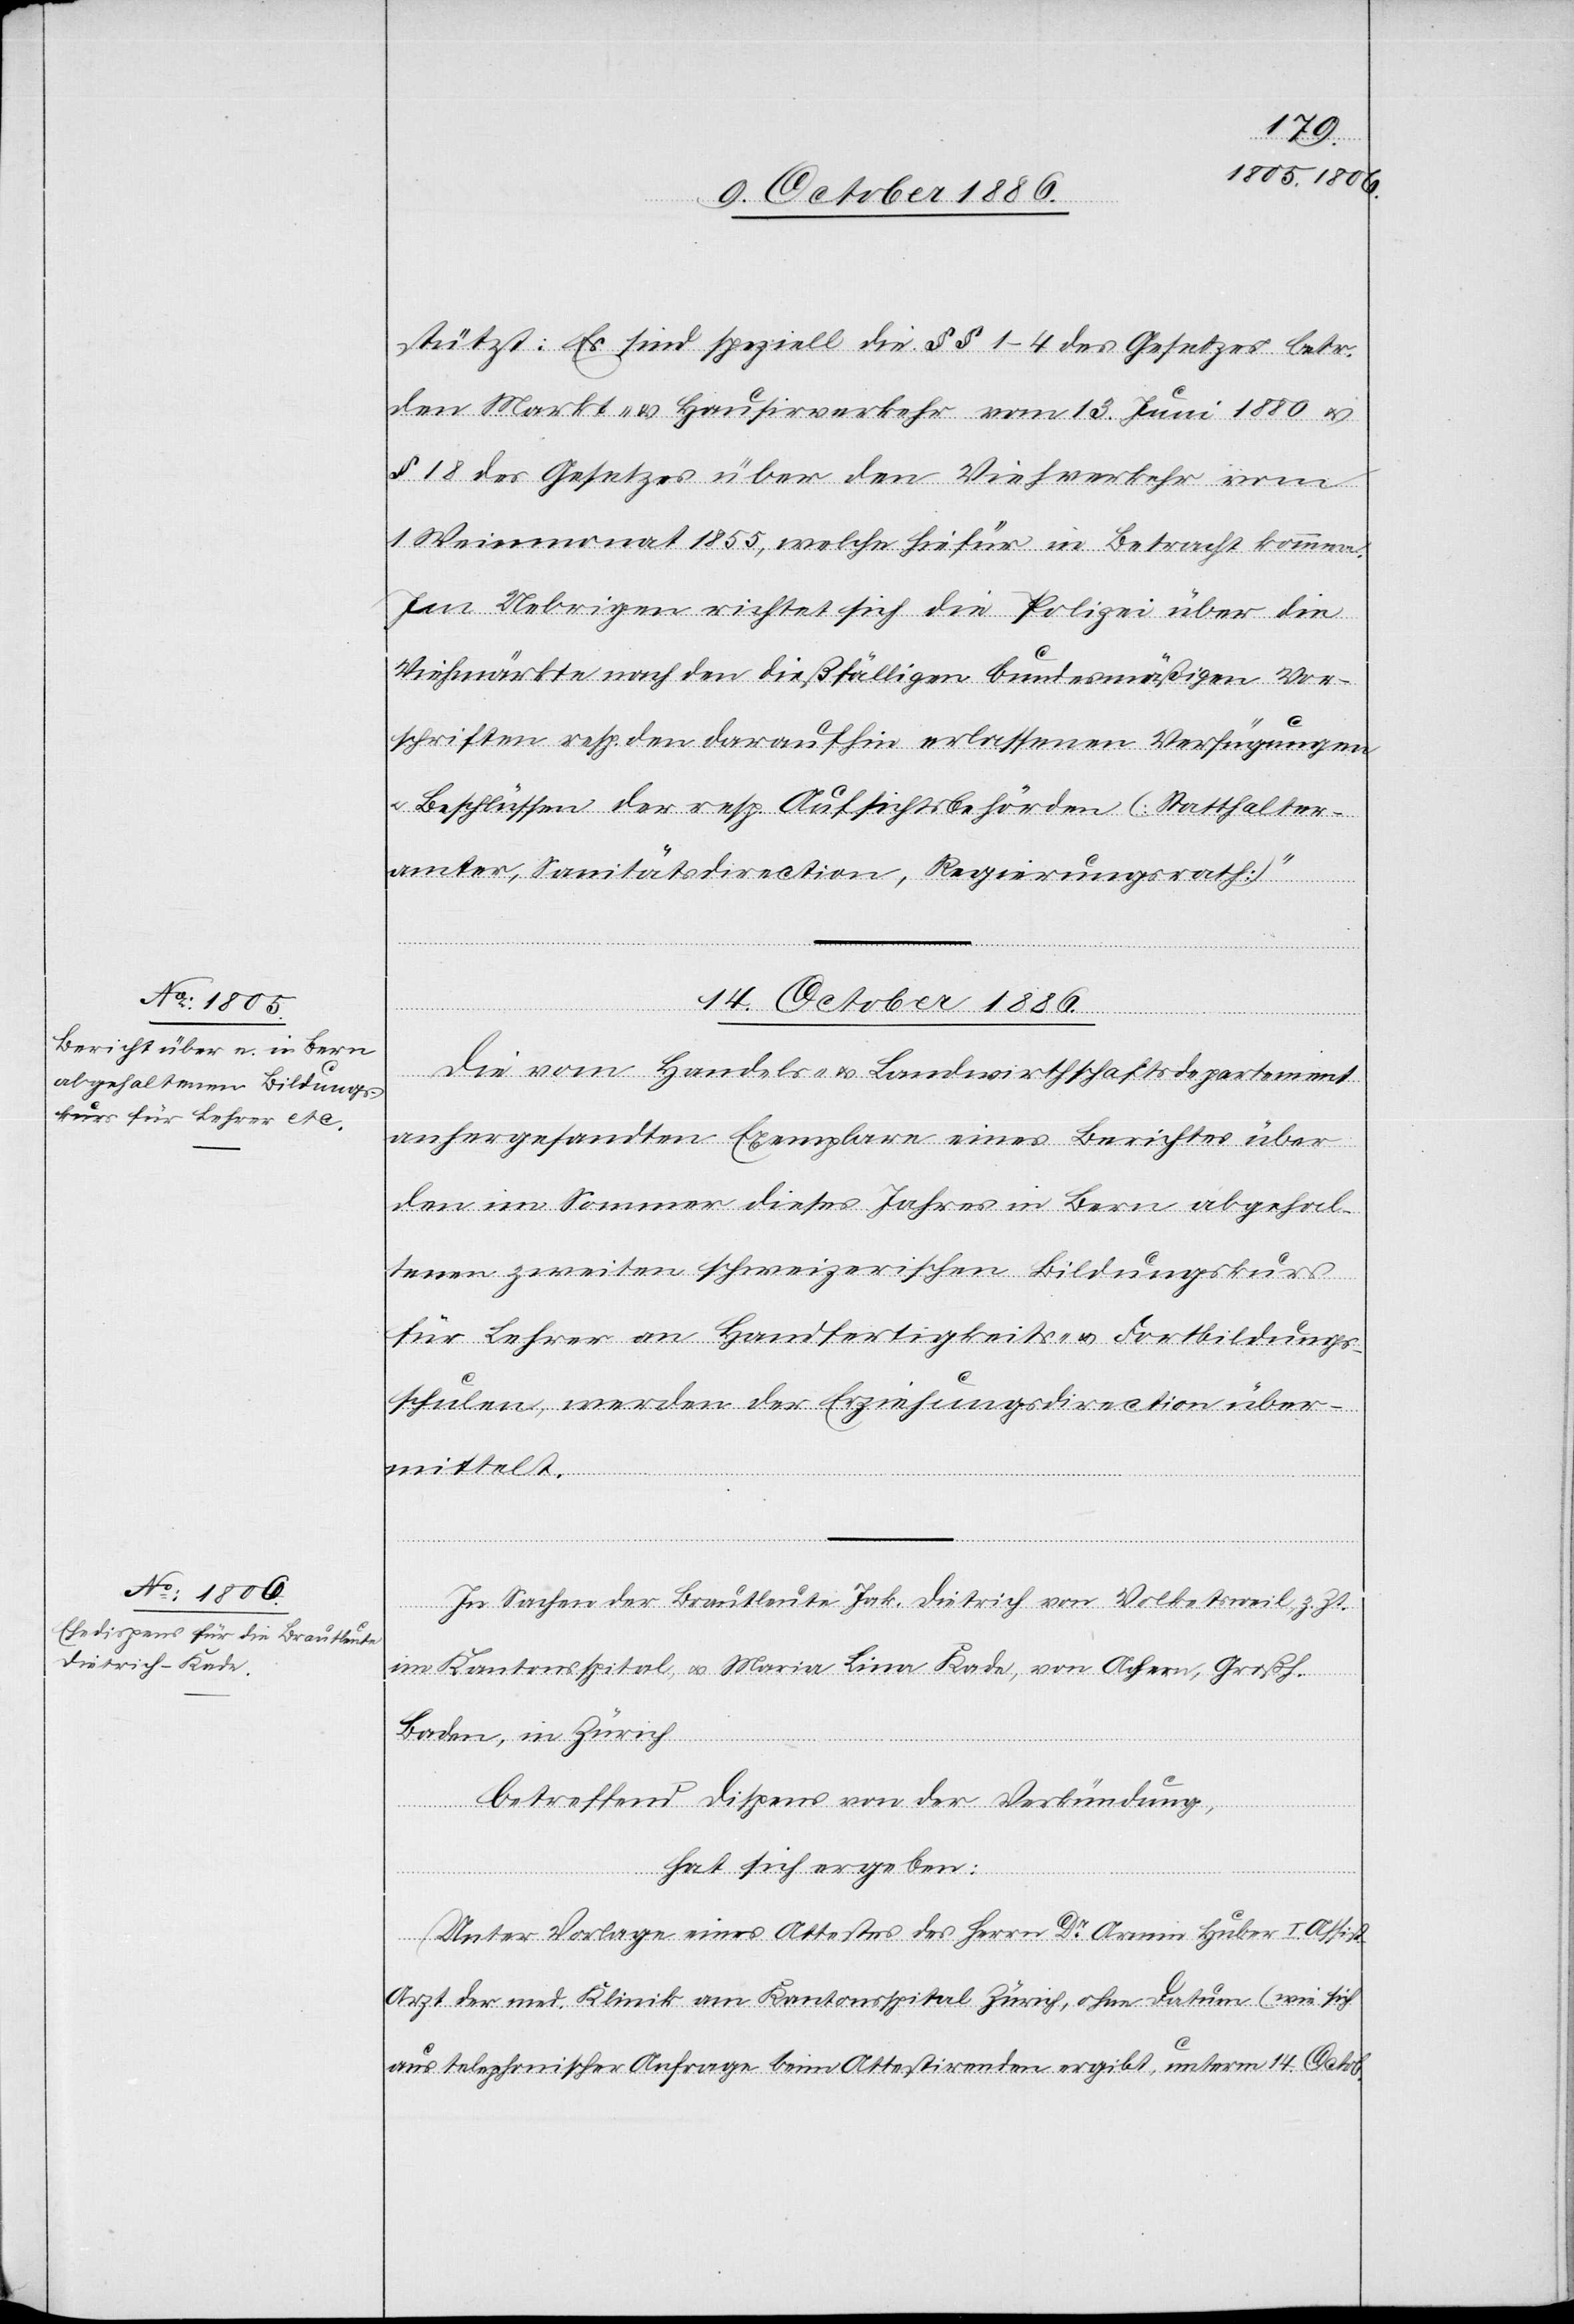
stützt: Es sind speziell die §§ 1–4 des Gesetzes betr.
den Markt- & Hausirverkehr vom 13. Juni 1880 &
§ 18 des Gesetzes über den Viehverkehr vom
1. Weinmonat 1855, welche hiefür in Betracht kommen.
Im Uebrigen richtet sich die Polizei über die
Viehmärkte nach den dießfälligen bundesmäßigen Vor¬
schriften resp. den daraufhin erlassenen Verfügungen
Beschlüssen der resp. Aufsichtsbehörden (Statthalter¬
amter [sic!], Sanitätsdirection, Regierungsrath).“
14. October 1886.]
Die vom Handels- & Landwirthschaftsdepartement
anhergesandten Exemplare eines Berichtes über
den im Sommer dieses Jahres in Bern abgehal¬
tenen zweiten schweizerischen Bildungskurs
für Lehrer an Handfertigkeits- & Fortbildungs¬
schulen, werden der Erziehungsdirection über¬
mittelt.
In Sachen der Brautleute Jak. Dietrich von Volketsweil, z. Zt.
im Kantonsspital, & Maria Lina Kade, von Achern, Großh.
Baden, in Zürich
betreffend Dispens von der Verkündung,
hat sich ergeben:
Unter Vorlage eines Attestes des Herrn Dr Armin Huber I. Assist.
Arzt der med. Klinik am Kantonsspital Zürich, ohne Datum (wie sich
aus telephonischer Anfrage beim Attestirenden ergibt, unterm 14. Octob.